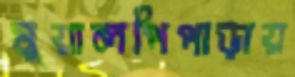
মুয়ালপিপাড়ায়